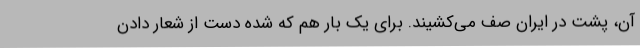
آن، پشت در ایران صف می‌کشیند. برای یک بار هم که شده دست از شعار دادن